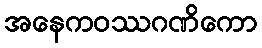
အနေကဝဿဂဏိကော